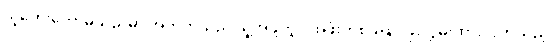
သူတွေးတောမိသည်မှာ အတိတ်သည် သူ့အဖို့တွင် အဖုံးတစ်ခုဖြင့် ဖုံးလွှမ်းထားလိုက်သည့်